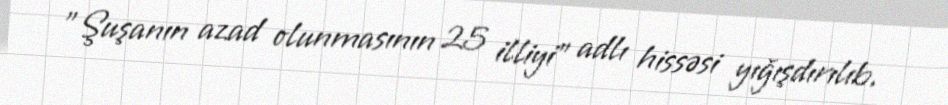
"Şuşanın azad olunmasının 25 illiyi” adlı hissəsi yığışdırılıb.